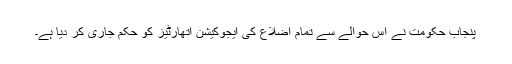
پنجاب حکومت نے اس حوالے سے تمام اضلاع کی ایجوکیشن اتھارٹیز کو حکم جاری کر دیا ہے۔